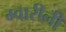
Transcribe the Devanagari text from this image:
ग्वारीनी